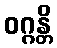
ဝဂ္ဂန္တိ